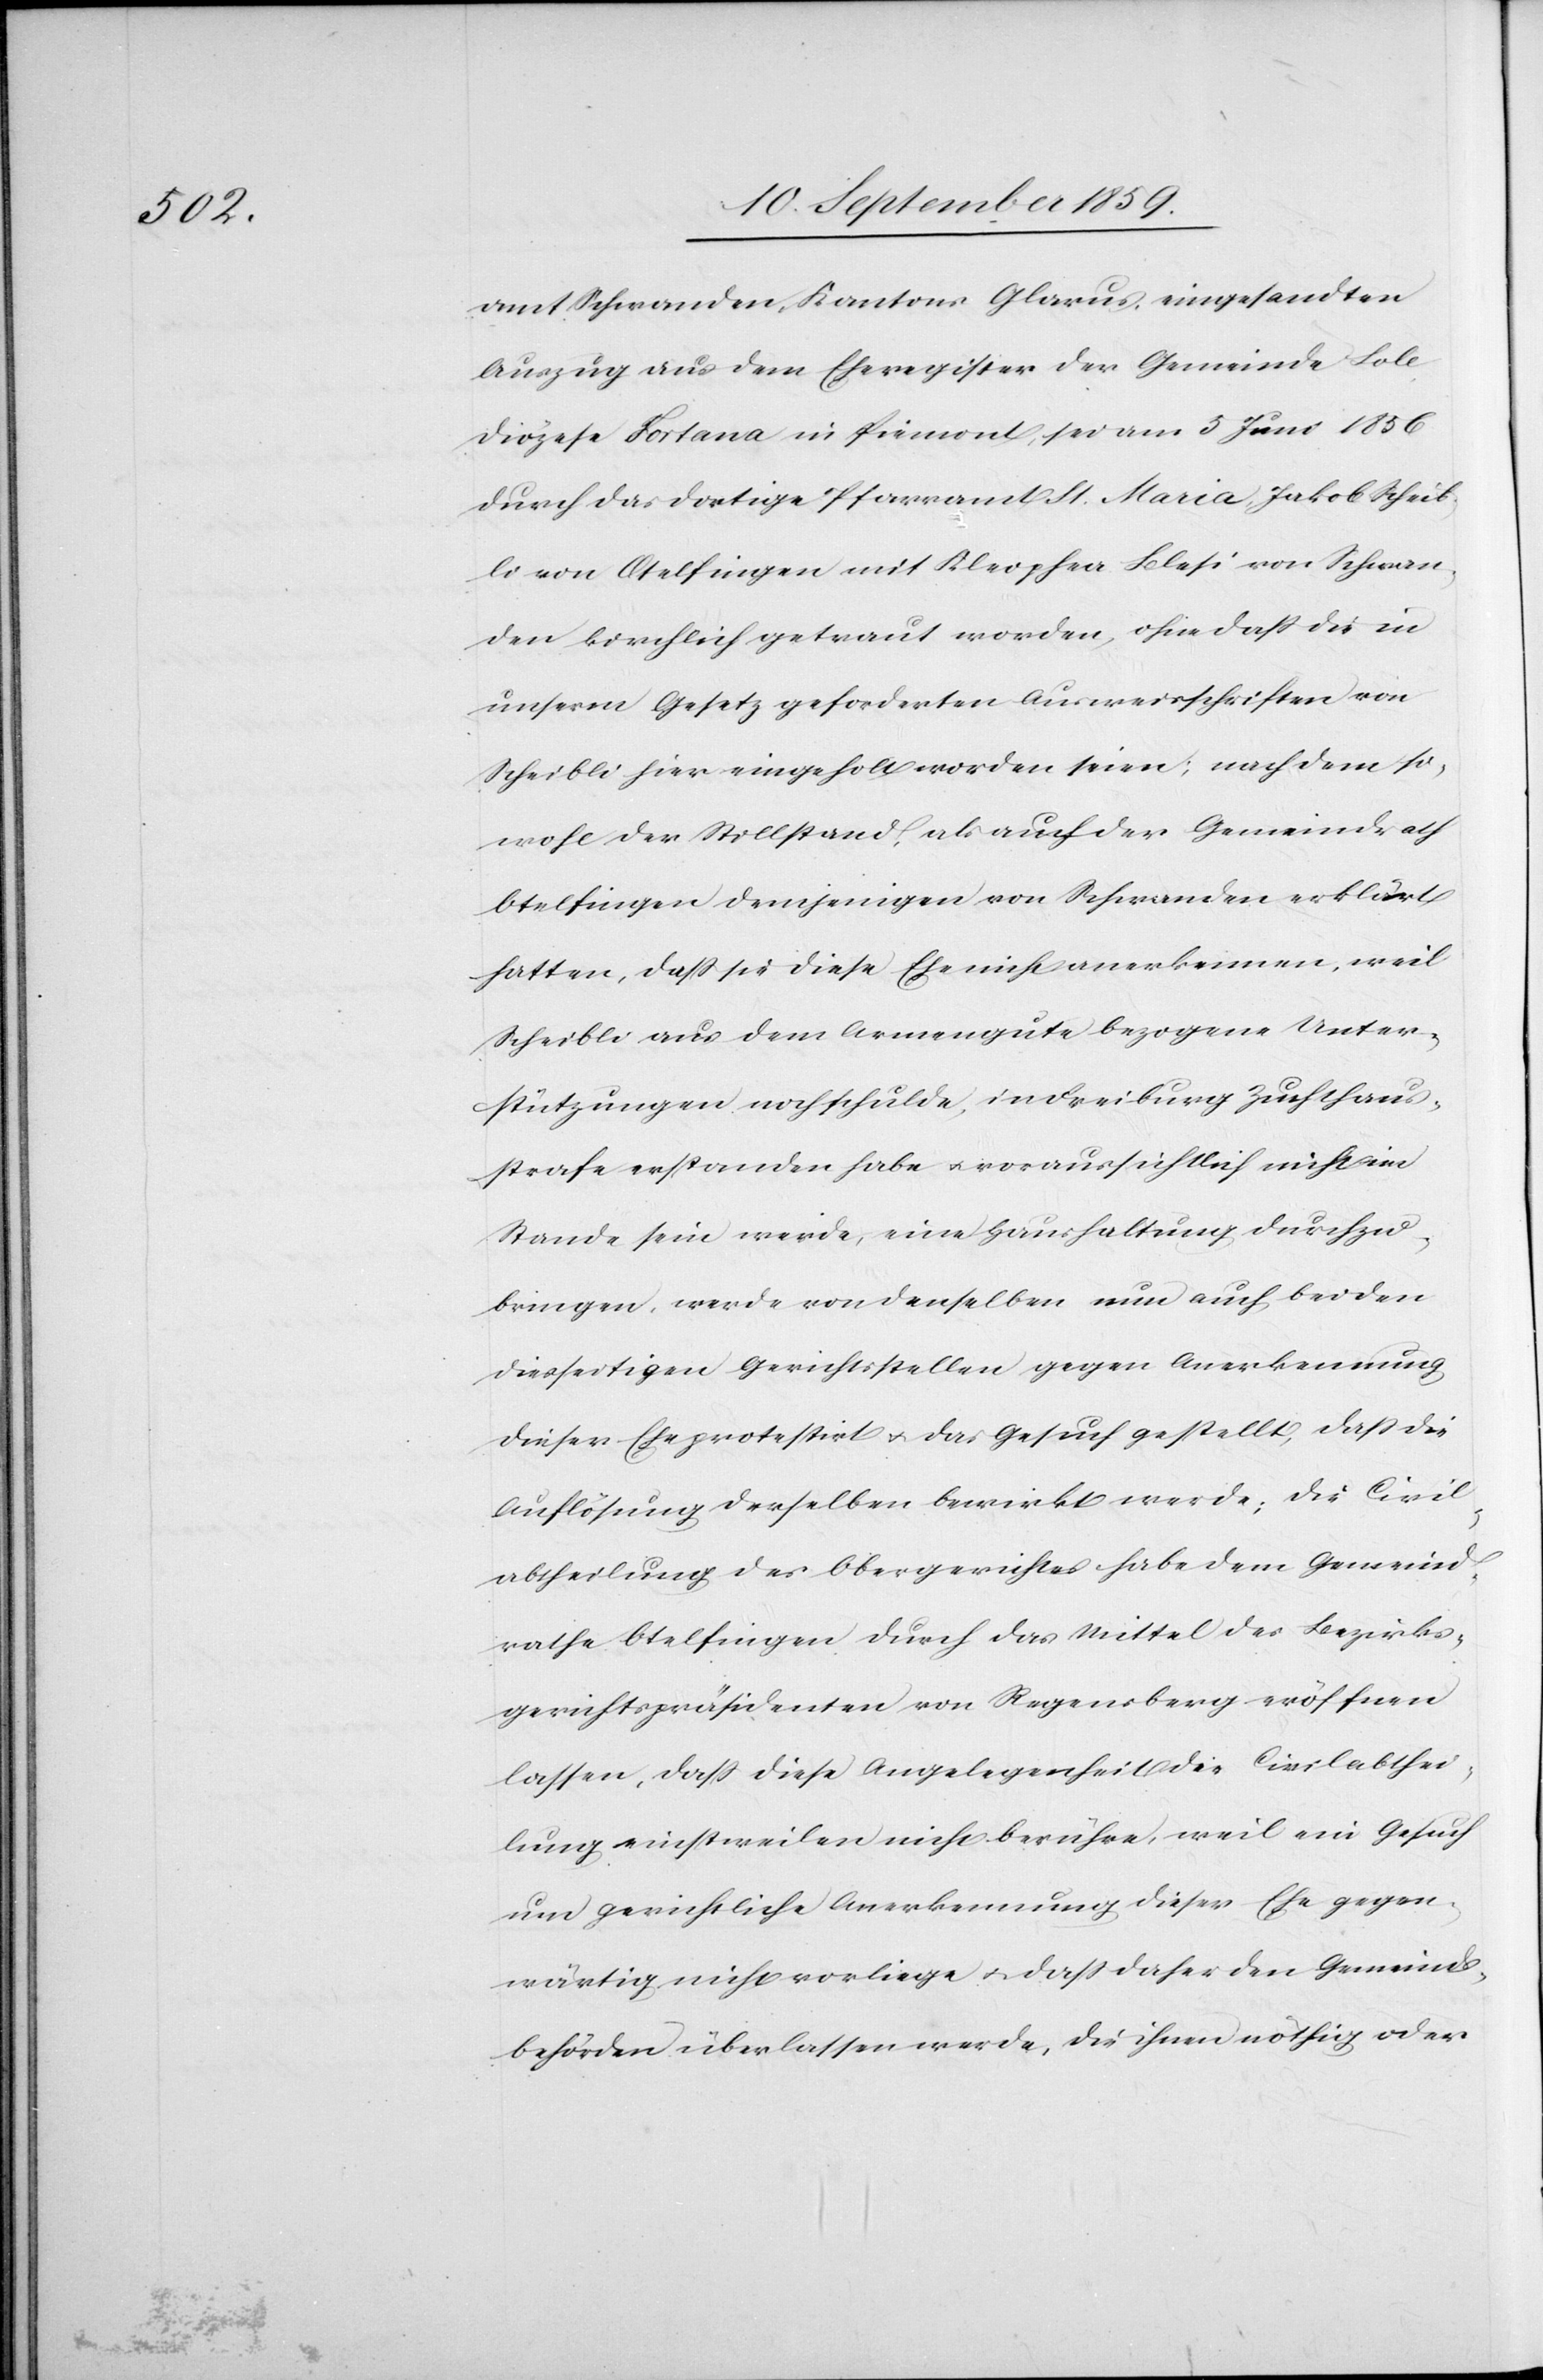
amt Schwanden, Kantons Glarus, eingesandten
Auszug aus dem Eheregister der Gemeinde Sole
Diözese Fortana in Piemont, sei am 5 Juni 1856
durch das dortige Pfarramt St. Maria Jakob Scheib¬
li von Otelfingen mit Kleophea Blesi [sic!] von Schwan¬
den kirchlich getraut worden, ohne daß die in
unserm Gesetz geforderten Ausweisschriften von
Scheibli hier eingeholt worden seien; nachdem so¬
wohl der Stillstand, als auch der Gemeindrath
Otelfingen demjenigen von Schwanden erklärt
hatten, daß sie diese Ehe nicht anerkennen, weil
Scheibli aus dem Armengute bezogene Unter¬
stützungen noch schulde, in Freiburg Zuchthaus¬
strafe erstanden habe & voraussichtlich nicht im
Stande sein werde, eine Haushaltung durchzu¬
bringen, werde von denselben nun auch bei den
diesseitigen Gerichtsstellen gegen Anerkennung
dieser Ehe protestirt & das Gesuch gestellt, daß die
Auflösung derselben bewirkt werde; die Civil¬
abtheilung des Obergerichtes habe dem Gemeind¬
rathe Otelfingen durch das Mittel des Bezirks¬
gerichtspräsidenten von Regensberg eröffnen
lassen, daß diese Angelegenheit die Civilabthei¬
lung einstweilen nicht berühre, weil ein Gesuch
um gerichtliche Anerkennung dieser Ehe gegen¬
wärtig nicht vorliege & daß daher den Gemeinds¬
behörden überlassen werde, die ihnen nöthig oder